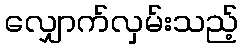
လျှောက်လှမ်းသည့်